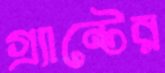
গ্র্যান্টের